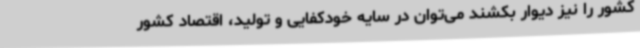
کشور را نیز دیوار بکشند می‌توان در سایه خودکفایی و تولید، اقتصاد کشور